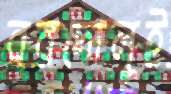
বরদোলুই